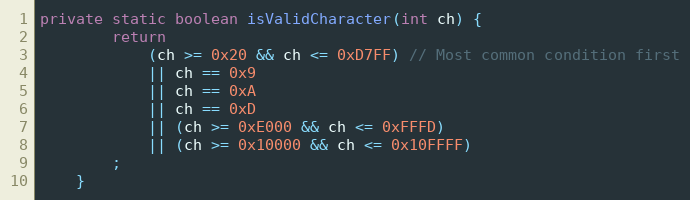
Language: Java
private static boolean isValidCharacter(int ch) {
		return
			(ch >= 0x20 && ch <= 0xD7FF) // Most common condition first
			|| ch == 0x9
			|| ch == 0xA
			|| ch == 0xD
			|| (ch >= 0xE000 && ch <= 0xFFFD)
			|| (ch >= 0x10000 && ch <= 0x10FFFF)
		;
	}